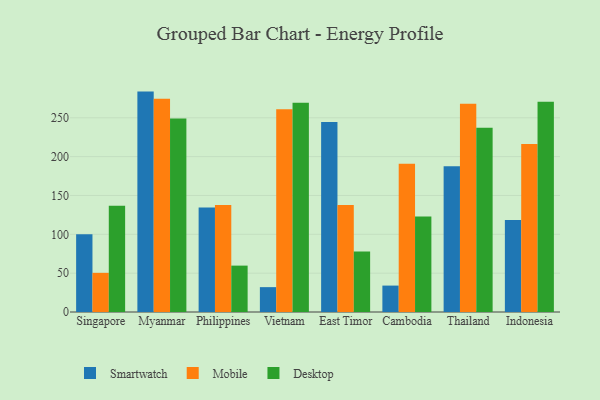
{"axis": {"x": "Country", "y": "Website Visitors"}, "legend": ["Desktop", "Mobile", "Smartwatch"], "data": [{"x": "Singapore", "y": 100.2, "type": "Smartwatch"}, {"x": "Singapore", "y": 50.4, "type": "Mobile"}, {"x": "Singapore", "y": 136.9, "type": "Desktop"}, {"x": "Myanmar", "y": 283.7, "type": "Smartwatch"}, {"x": "Myanmar", "y": 274.4, "type": "Mobile"}, {"x": "Myanmar", "y": 249.2, "type": "Desktop"}, {"x": "Philippines", "y": 134.4, "type": "Smartwatch"}, {"x": "Philippines", "y": 137.6, "type": "Mobile"}, {"x": "Philippines", "y": 59.7, "type": "Desktop"}, {"x": "Vietnam", "y": 32.0, "type": "Smartwatch"}, {"x": "Vietnam", "y": 261.0, "type": "Mobile"}, {"x": "Vietnam", "y": 269.4, "type": "Desktop"}, {"x": "East Timor", "y": 244.5, "type": "Smartwatch"}, {"x": "East Timor", "y": 137.8, "type": "Mobile"}, {"x": "East Timor", "y": 77.8, "type": "Desktop"}, {"x": "Cambodia", "y": 34.0, "type": "Smartwatch"}, {"x": "Cambodia", "y": 190.8, "type": "Mobile"}, {"x": "Cambodia", "y": 122.8, "type": "Desktop"}, {"x": "Thailand", "y": 187.6, "type": "Smartwatch"}, {"x": "Thailand", "y": 268.2, "type": "Mobile"}, {"x": "Thailand", "y": 237.1, "type": "Desktop"}, {"x": "Indonesia", "y": 118.3, "type": "Smartwatch"}, {"x": "Indonesia", "y": 216.1, "type": "Mobile"}, {"x": "Indonesia", "y": 270.7, "type": "Desktop"}]}